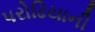
પરોઢિયાની